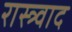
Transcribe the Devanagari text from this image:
रास्त्र्वाद